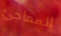
المفاجئ